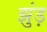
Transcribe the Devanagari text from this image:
झुंड़